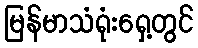
မြန်မာသံရုံးရှေ့တွင်